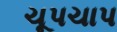
ચૂપચાપ